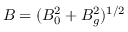
B = ( B _ { 0 } ^ { 2 } + B _ { g } ^ { 2 } ) ^ { 1 / 2 }